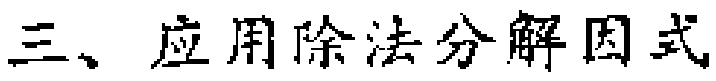
三、应用除法分解因式